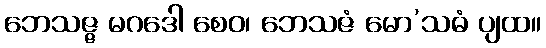
ဘေသဇ္ဇ မဂဒေါ စေဝ၊ ဘေသဇံ မော’သဓံ ပျထ။